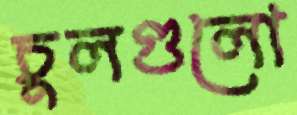
চুলগুলো